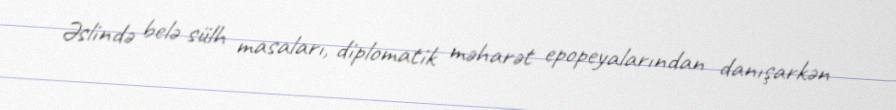
Əslində belə sülh masaları, diplomatik məharət epopeyalarından danışarkən